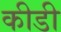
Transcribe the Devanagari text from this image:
कीडी